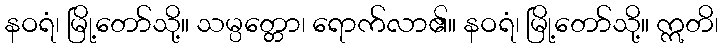
နဝရံ၊ မြို့တော်သို့။ သမ္ပတ္တော၊ ရောက်လာ၏။ နဝရံ၊ မြို့တော်သို့။ ဣတိ၊